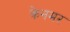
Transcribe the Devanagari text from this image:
क्रेनमर